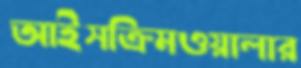
আইসক্রিমওয়ালার